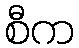
စီက